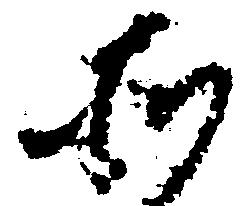
そ